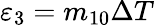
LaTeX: {{\varepsilon}_{3}}={{m}_{10}}\Delta T